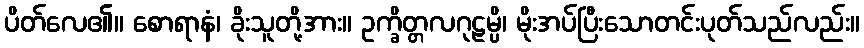
ပိတ်လေ၏။ စောရာနံ၊ ခိုးသူတို့အား။ ဥက္ခိတ္တလဂုဠမ္ပိ၊ မိုးအပ်ပြီးသောတင်းပုတ်သည်လည်း။